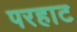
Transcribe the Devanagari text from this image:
परहाट